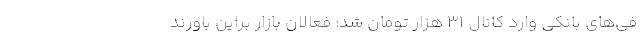
فی‌های بانکی وارد کانال 31 هزار تومان شد؛ فعالان بازار براین باورند